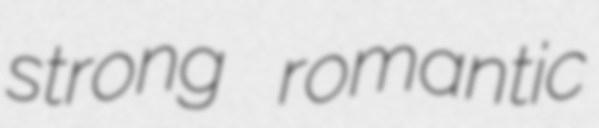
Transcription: strong romantic